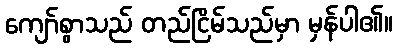
ကျော်စွာသည် တည်ငြိမ်သည်မှာ မှန်ပါ၏။